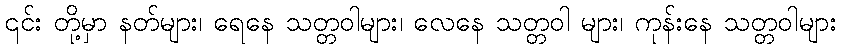
၎င်း တို့မှာ နတ်များ၊ ရေနေ သတ္တဝါများ၊ လေနေ သတ္တဝါ များ၊ ကုန်းနေ သတ္တဝါများ